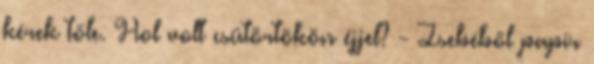
kérek tőle. Hol volt csütörtökön éjjel? - Zsebéből papír